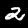
Digit: 2